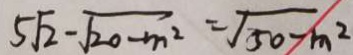
5 \sqrt { 2 } - \sqrt { 2 0 - m ^ { 2 } } = \sqrt { 5 0 - m ^ { 2 } }